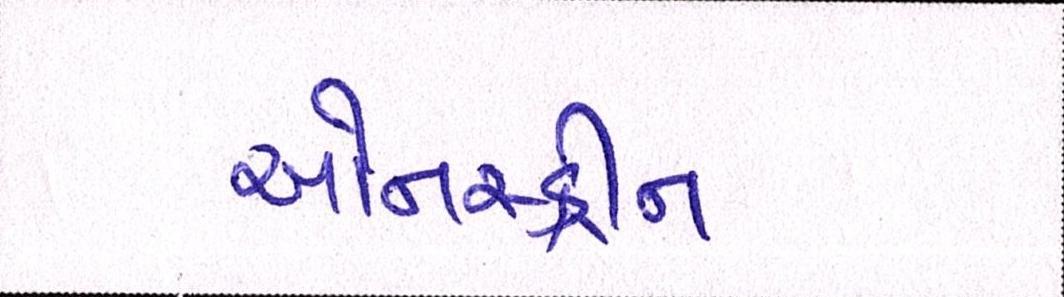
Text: ઓનસ્ક્રીન